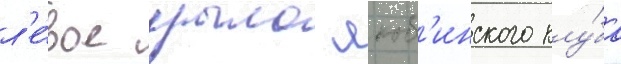
л'е́вое крыло якоб'инского клу́ба